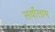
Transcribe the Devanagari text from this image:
सर्वोत्ताम